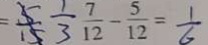
= \frac { 5 } { 1 5 } \frac { 1 } { 3 } \frac { 7 } { 1 2 } - \frac { 5 } { 1 2 } = \frac { 1 } { 6 }